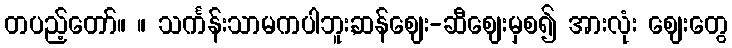
တပည့်တော်။ ။ သင်္ကန်းသာမကပါဘူး,ဆန်ဈေး-ဆီဈေးမှစ၍ အားလုံး ဈေးတွေ